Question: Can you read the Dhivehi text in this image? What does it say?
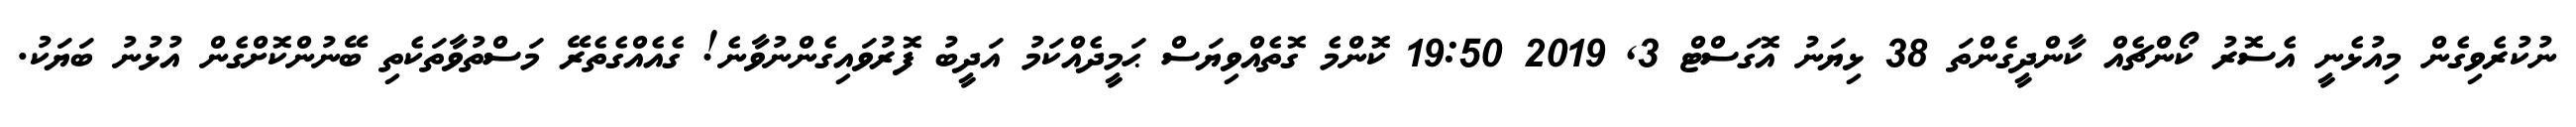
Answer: ނުކުރެވިގެން މިއުޅެނީ އެސޮރު ކޯންޗެއް ކާންދީގެންތަ 38 ޅިޔަނު އޮގަސްޓް 3, 2019 19:50 ކޮންމެ ގޮތެއްވިޔަސް ޙަމީދެއްކަމު އަދީބު ފޮރުވައިގެންނުވާނެ! ގެއެއްގެތެރޭ މަސްތުވާތަކެތި ބޭނުންކޮށްގެން އުޅުނު ބަޔަކު.